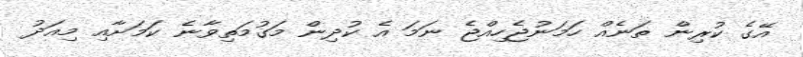
އޭގެ ކުރިން ތަނެއް ހަމަނުޖެހިއްޖެ ނަމަ އެ ކުދިން މަގުމަތިވާނެ ކަމަށާއި މިއަދު